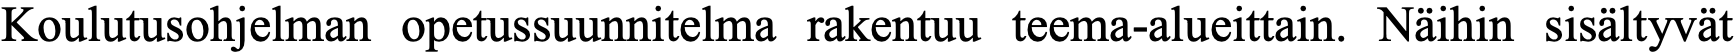
Koulutusohjelman opetussuunnitelma rakentuu teema-alueittain. Näihin sisältyvät